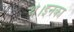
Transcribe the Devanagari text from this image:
थे।इनका